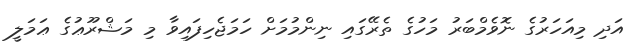
އަދި މިއަހަރުގެ ނޮވެމްބަރު މަހުގެ ތެރޭގައި ނިންމުމަށް ހަމަޖެހިފައިވާ މި މަޝްރޫޢުގެ ޢަމަލީ